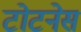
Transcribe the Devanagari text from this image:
टोटनेस